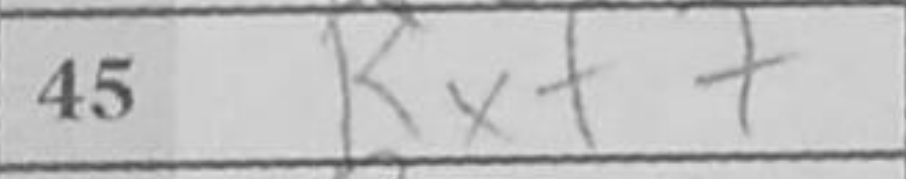
Transcription: Rxf7